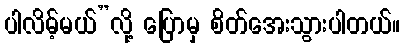
ပါလိမ့်မယ်”လို့ ပြောမှ စိတ်အေးသွားပါတယ်။